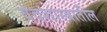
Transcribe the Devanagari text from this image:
वेदशास्त्रातील